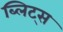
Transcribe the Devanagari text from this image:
ब्लिट्स